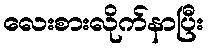
လေးစားလိုက်နာပြီး